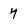
Character: 7